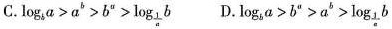
C. $$. \log _ { b } a > a ^ { b } > b ^ { n } > \log _ { \frac { 1 } { a } } b$$ D. $$\log _ { b } a > b ^ { a } > a ^ { b }> \log _ { \frac { 1 } { a } } b$$